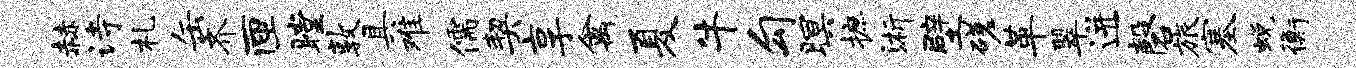
赫诗札缶齐匣瞠敦具难儒契享禽夏牛勾暝摭浙壁磋革翠迸磬旅塞蜕衡